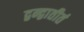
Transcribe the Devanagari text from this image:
द्वन्द्वातीतं